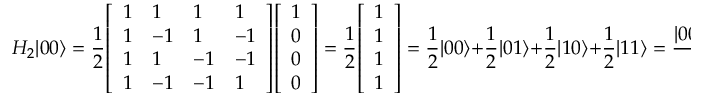
H _ { 2 } | 0 0 \rangle = { \frac { 1 } { 2 } } { \left[ \begin{array} { l l l l } { 1 } & { 1 } & { 1 } & { 1 } \\ { 1 } & { - 1 } & { 1 } & { - 1 } \\ { 1 } & { 1 } & { - 1 } & { - 1 } \\ { 1 } & { - 1 } & { - 1 } & { 1 } \end{array} \right] } { \left[ \begin{array} { l } { 1 } \\ { 0 } \\ { 0 } \\ { 0 } \end{array} \right] } = { \frac { 1 } { 2 } } { \left[ \begin{array} { l } { 1 } \\ { 1 } \\ { 1 } \\ { 1 } \end{array} \right] } = { \frac { 1 } { 2 } } | 0 0 \rangle + { \frac { 1 } { 2 } } | 0 1 \rangle + { \frac { 1 } { 2 } } | 1 0 \rangle + { \frac { 1 } { 2 } } | 1 1 \rangle = { \frac { | 0 0 \rangle + | 0 1 \rangle + | 1 0 \rangle + | 1 1 \rangle } { 2 } }